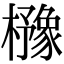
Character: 櫲